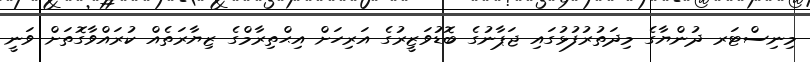
މިނިސްޓަރ ދުންޔާގެ މިދަތުރުފުޅުގައި ޖަޕާނުގެ ބޮޑުވަޒީރުގެ އަރިހަށް އިޙްތިރާމްގެ ޒިޔާރަތެއް ކުރައްވާގޮތަށް ވަނީ